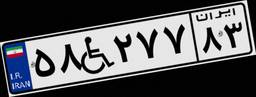
۵۸W۲۷۷۸۳